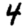
Digit: 4